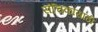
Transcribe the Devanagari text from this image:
संचिकांसाठी